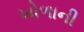
ખોળાની